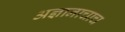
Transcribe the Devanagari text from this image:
अज्ञानाचाच